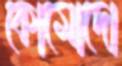
কোমোদো